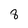
Character: 8